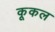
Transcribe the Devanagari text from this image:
कूकल